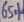
Text: 65%